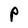
Character: P